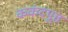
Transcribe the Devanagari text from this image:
ककंदपूत्त